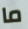
ما